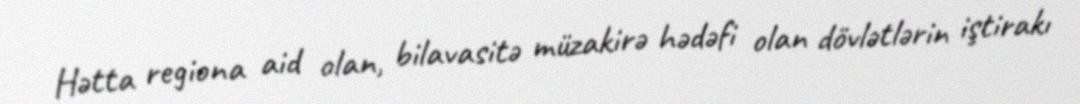
Hətta regiona aid olan, bilavasitə müzakirə hədəfi olan dövlətlərin iştirakı